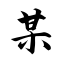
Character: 某